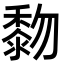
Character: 𪏵